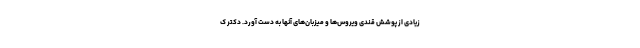
زیادی از پوشش قندی ویروس‌ها و میزبان‌های آنها به دست آورد. دکتر ک